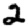
Digit: 2